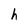
Character: h